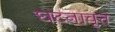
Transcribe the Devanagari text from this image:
घटनावृत्त